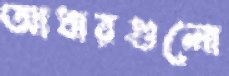
আধারগুলো